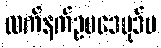
လက်နက်ဥပဒေပုဒ်မ